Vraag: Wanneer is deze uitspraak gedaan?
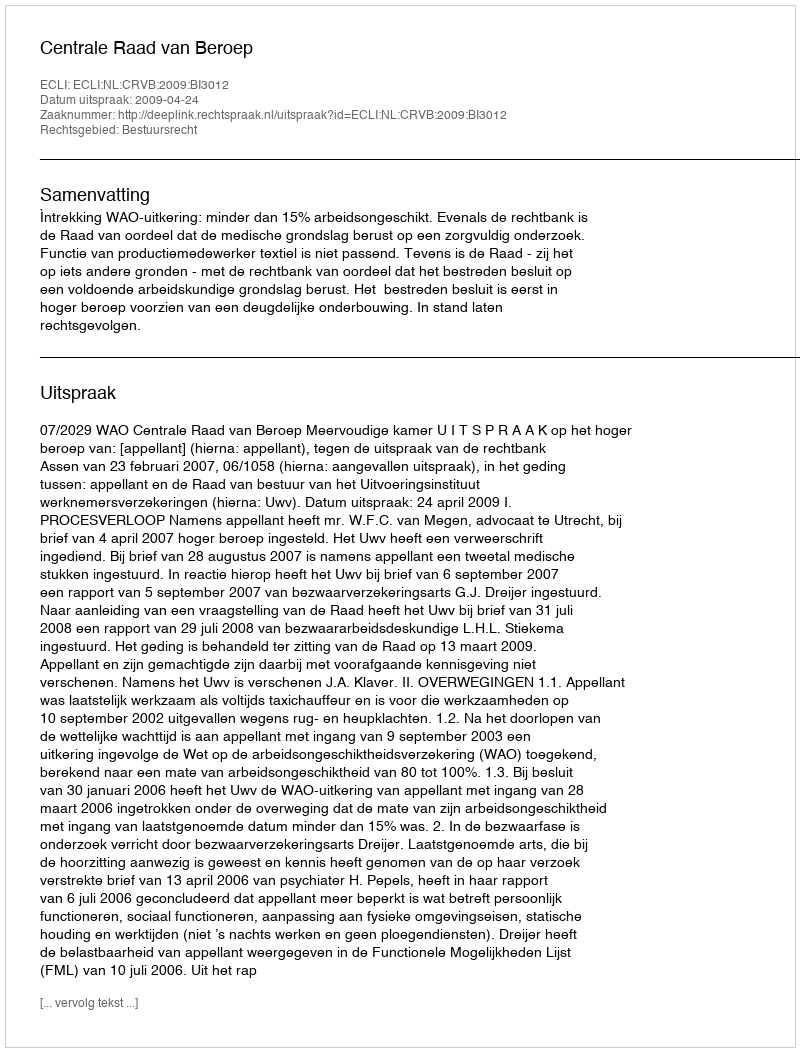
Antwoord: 2009-04-24